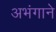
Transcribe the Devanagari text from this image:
अभंगाने